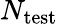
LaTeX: N_{\mathrm{test}}